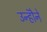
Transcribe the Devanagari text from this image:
उन्होॆने